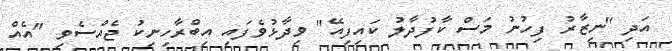
އަދި "ނިޒާރު ފިހުނު މަސް ކާފުދާލު ކައިފިއޭ" ވިދާޅުވެފައި އިބްރާހިނިކު ޖެއްސެވި "އެއް